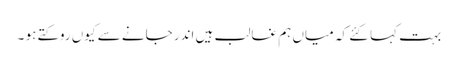
بہت کہا کِئے کہ میاں ہم غالب ہیں اندر جانے سے کیوں روکتے ہو ۔